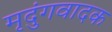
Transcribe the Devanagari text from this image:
मृदुंगवादक